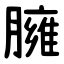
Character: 臃